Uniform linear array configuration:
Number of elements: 32
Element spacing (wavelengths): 0.5
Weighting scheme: hamming
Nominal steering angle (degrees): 45
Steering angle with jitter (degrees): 45.68
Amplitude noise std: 0.05
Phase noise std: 0.05

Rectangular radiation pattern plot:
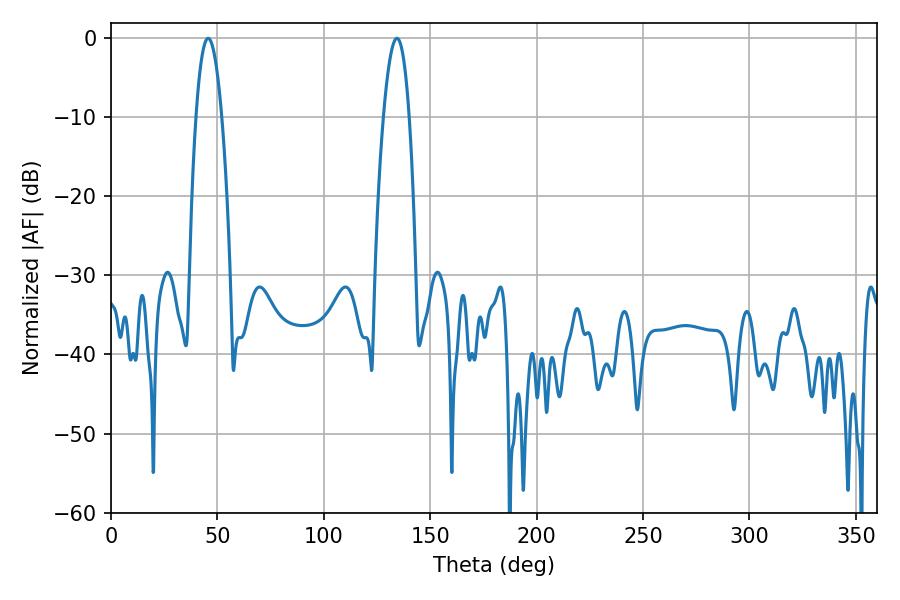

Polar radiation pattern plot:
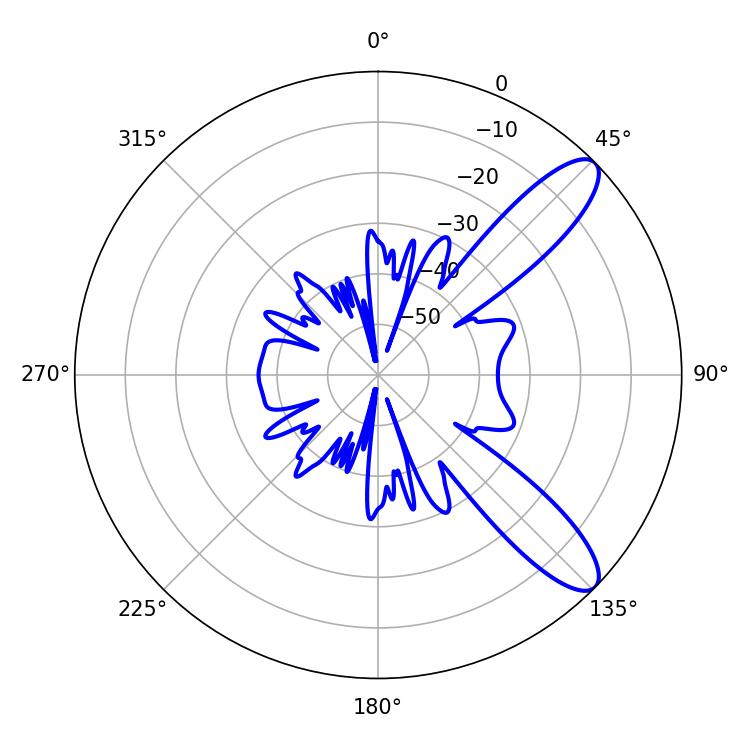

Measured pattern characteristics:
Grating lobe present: FALSE
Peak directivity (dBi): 10.453
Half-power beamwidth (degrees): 6.66
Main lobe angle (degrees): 45.72